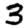
Digit: 3